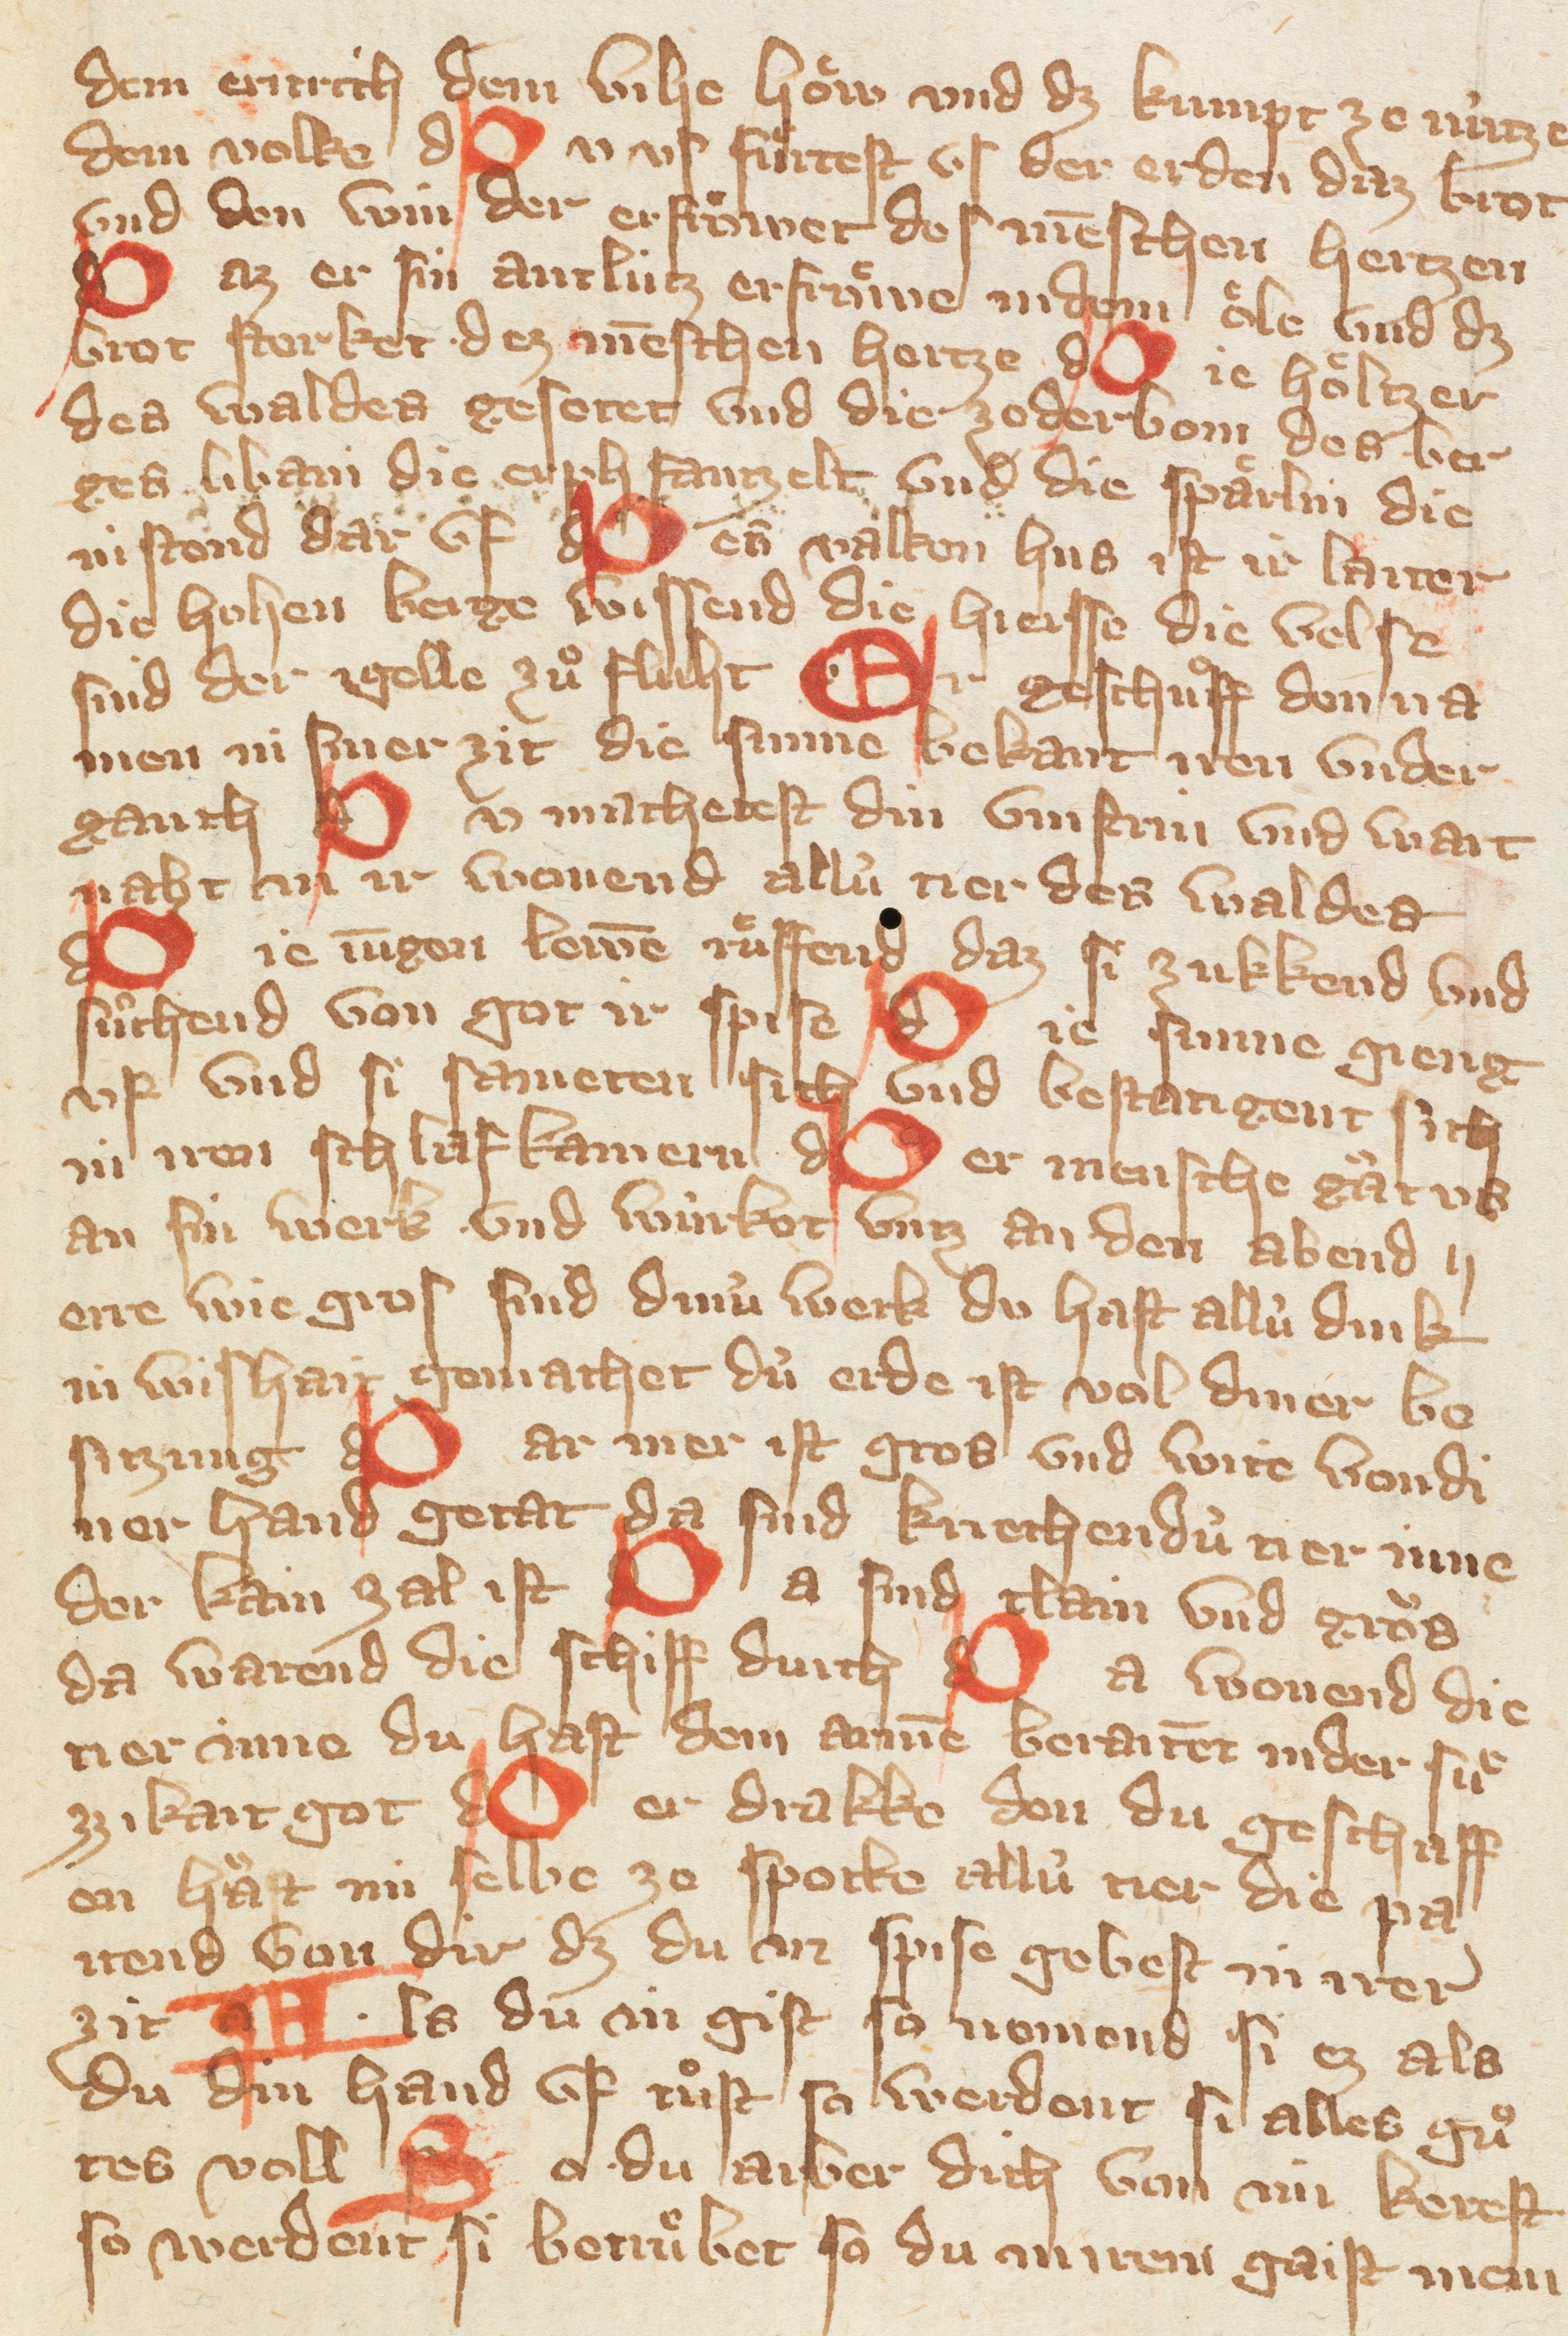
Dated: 1300–1449